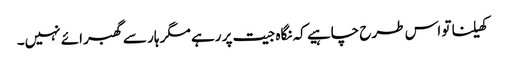
کھیلنا تو اس طرح چاہیے کہ نگاہ جیت پر رہے مگر ہار سے گھبرائے نہیں۔